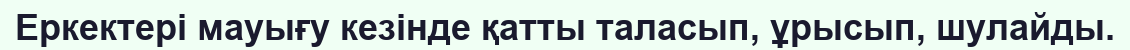
Еркектері мауығу кезінде қатты таласып, ұрысып, шулайды.